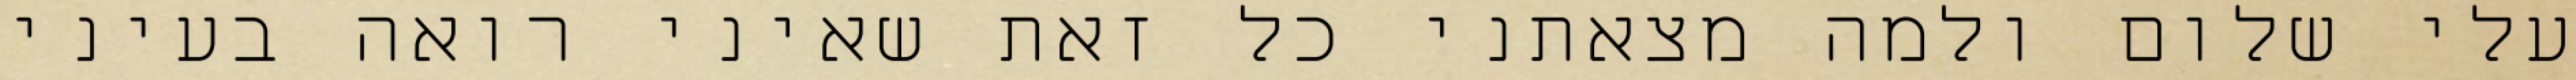
עלי שלום ולמה מצאתני כל זאת שאיני רואה בעיני